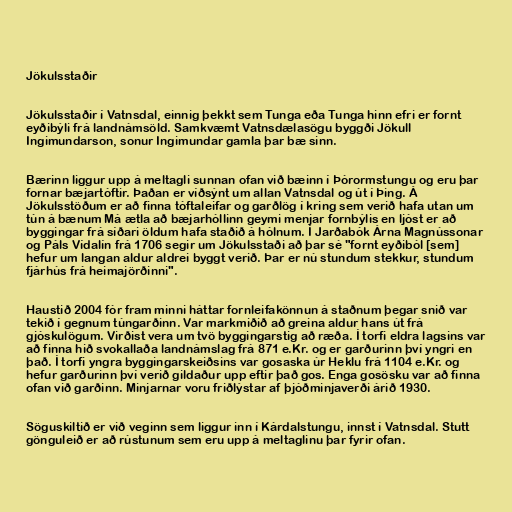
Jökulsstaðir

Jökulsstaðir í Vatnsdal, einnig þekkt sem Tunga eða Tunga hinn efri er fornt
eyðibýli frá landnámsöld. Samkvæmt Vatnsdælasögu byggði Jökull
Ingimundarson, sonur Ingimundar gamla þar bæ sinn.

Bærinn liggur upp á meltagli sunnan ofan við bæinn í Þórormstungu og eru þar
fornar bæjartóftir. Þaðan er víðsýnt um allan Vatnsdal og út í Þing. Á
Jökulsstöðum er að finna tóftaleifar og garðlög í kring sem verið hafa utan um
tún á bænum Má ætla að bæjarhóllinn geymi menjar fornbýlis en ljóst er að
byggingar frá síðari öldum hafa staðið á hólnum. Í Jarðabók Árna Magnússonar
og Páls Vídalín frá 1706 segir um Jökulsstaði að þar sé "fornt eyðiból [sem]
hefur um langan aldur aldrei byggt verið. Þar er nú stundum stekkur, stundum
fjárhús frá heimajörðinni".

Haustið 2004 fór fram minni háttar fornleifakönnun á staðnum þegar snið var
tekið í gegnum túngarðinn. Var markmiðið að greina aldur hans út frá
gjóskulögum. Virðist vera um tvö byggingarstig að ræða. Í torfi eldra lagsins var
að finna hið svokallaða landnámslag frá 871 e.Kr. og er garðurinn því yngri en
það. Í torfi yngra byggingarskeiðsins var gosaska úr Heklu frá 1104 e.Kr. og
hefur garðurinn því verið gildaður upp eftir það gos. Enga gosösku var að finna
ofan við garðinn. Minjarnar voru friðlýstar af þjóðminjaverði árið 1930.

Söguskiltið er við veginn sem liggur inn í Kárdalstungu, innst í Vatnsdal. Stutt
gönguleið er að rústunum sem eru upp á meltaglinu þar fyrir ofan.